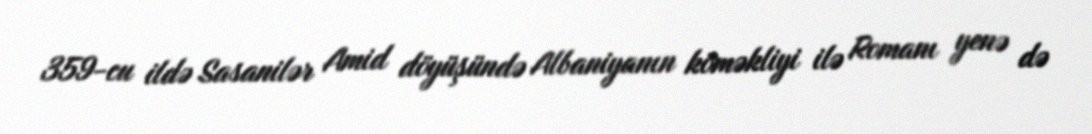
359-cu ildə Sasanilər Amid döyüşündə Albaniyanın köməkliyi ilə Romanı yenə də